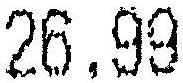
26.99